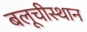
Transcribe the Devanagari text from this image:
बलूचीस्थान